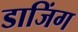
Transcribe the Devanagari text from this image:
डाजिंग